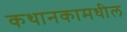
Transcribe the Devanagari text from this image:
कथानकामधील